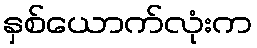
နှစ်ယောက်လုံးက